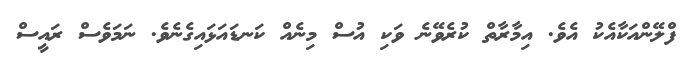
ފްލޭންއަކާއެކު އެވެ. އިމާރާތް ކުރެވޭނެ ވަކި އުސް މިނެއް ކަނޑައަޅައިގެނެވެ. ނަމަވެސް ރައީސް